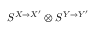
S ^ { X \to X ^ { \prime } } \otimes S ^ { Y \to Y ^ { \prime } }